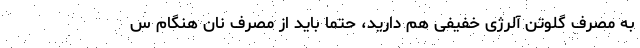
به مصرف گلوتن آلرژی خفیفی هم دارید، حتما باید از مصرف نان هنگام س